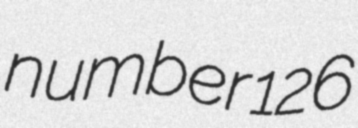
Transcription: number 126